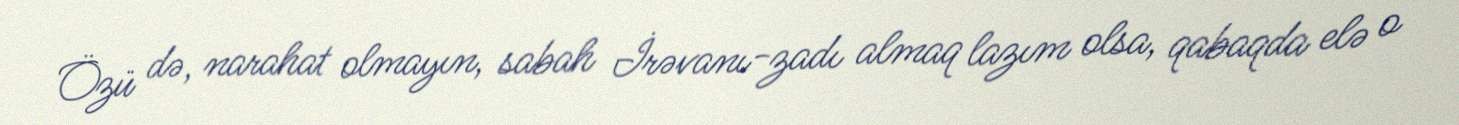
Özü də, narahat olmayın, sabah İrəvanı-zadı almaq lazım olsa, qabaqda elə o